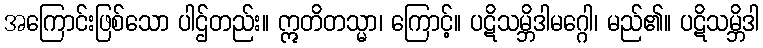
အကြောင်းဖြစ်သော ပါဌ်တည်း။ ဣတိတသ္မာ၊ ကြောင့်။ ပဋိသမ္ဘိဒါမဂ္ဂေါ၊ မည်၏။ ပဋိသမ္ဘိဒါ